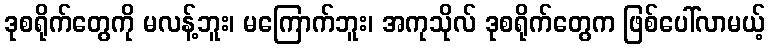
ဒုစရိုက်တွေကို မလန့်ဘူး၊ မကြောက်ဘူး၊ အကုသိုလ် ဒုစရိုက်တွေက ဖြစ်ပေါ်လာမယ့်